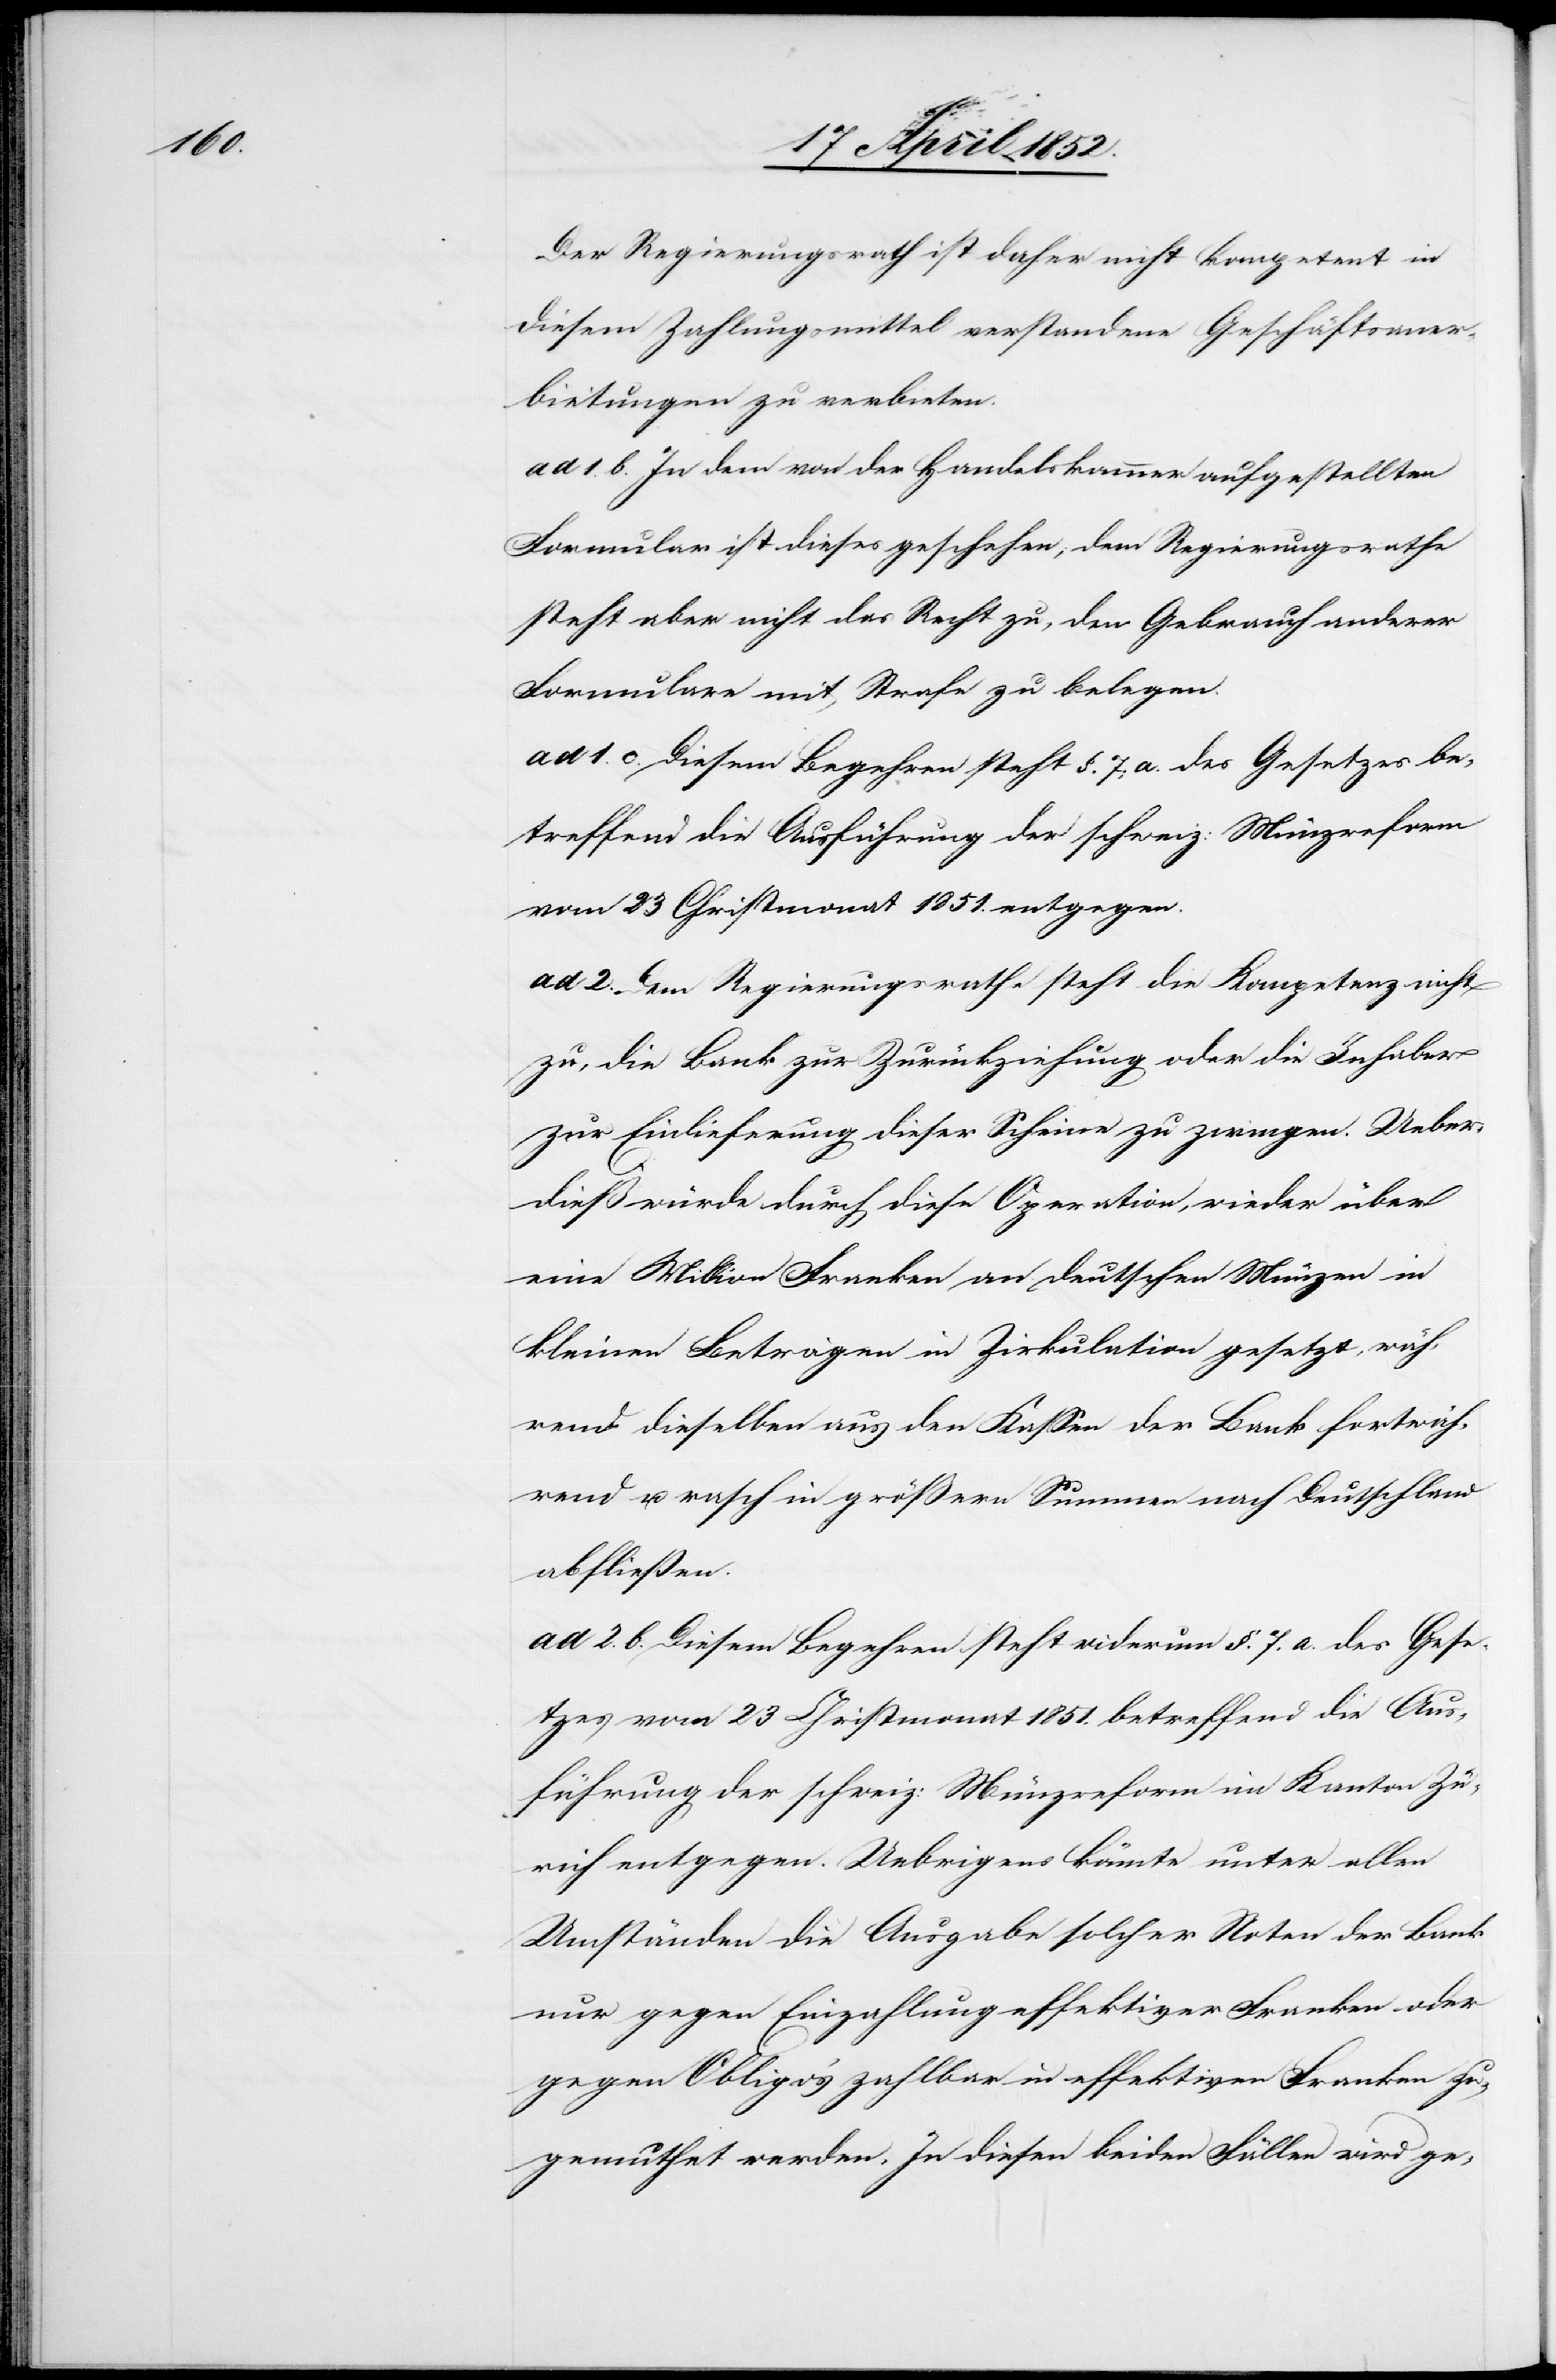
Der Regierungsrath ist daher nicht kompetent in
diesem Zahlungsmittel verstandene Geschäftsaner¬
bietungen zu verbieten.
ad 1. b. In dem von der Handelskammer aufgestellten
Formular ist dieses geschehen; dem Regierungsrathe
steht aber nicht das Recht zu, den Gebrauch anderer
Formulare mit Strafe zu belegen.
ad 1. c. Diesem Begehren steht §. 7; a. des Gesetzes be¬
treffend die Ausführung der schweiz: Münzreform
vom 23 Christmonat 1851. entgegen.
[a.] Dem Regierungsrathe steht die Kompetenz nicht
zu, die Bank zur Zurückziehung oder die Inhaber
zur Einlieferung dieser Scheine zu zwingen. Ueber¬
dieß würde durch diese Operation, wieder über
eine Million Franken an deutschen Münzen in
kleinen Beträgen in Zirkulation gesetzt, wäh¬
rend dieselben aus den Kassen der Bank fortwäh¬
rend u. rasch in größern Summen nach Deutschland
abfließen.
ad 2. b. Diesem Begehren steht wi[e]derum §. 7. a. des Gese¬
tzes vom 23 Christmonat 1851. betreffend die Aus¬
führung der schweiz: Münzreform im Kanton Zü¬
rich entgegen. Uebrigens könnte unter allen
Umständen die Ausgabe solcher Noten der Bank
nur gegen Einzahlung effektiver Franken oder
gegen Obligo’s zahlbar in effektiven Franken zu¬
gemuthet werden. In diesen beiden Fällen wird ge-